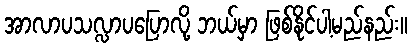
အာလာပသလ္လာပပြောလို့ ဘယ်မှာ ဖြစ်နိုင်ပါ့မည်နည်း။